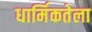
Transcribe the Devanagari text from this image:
धार्मिकतेला